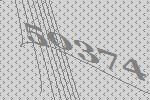
50374